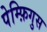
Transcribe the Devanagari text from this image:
पेम्फ़िगुस